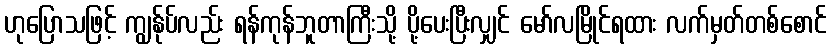
ဟုပြောသဖြင့် ကျွန်ုပ်လည်း ရန်ကုန်ဘူတာကြီးသို့ ပို့ပေးပြီးလျှင် မော်လမြိုင်ရထား လက်မှတ်တစ်စောင်